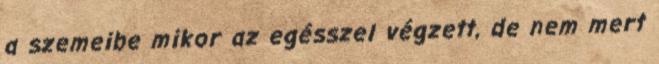
a szemeibe mikor az egésszel végzett, de nem mert